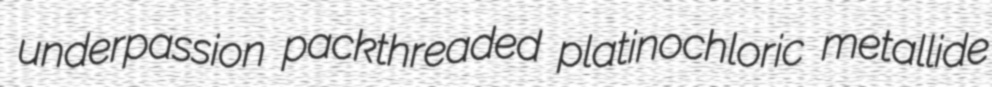
underpassion packthreaded platinochloric metallide